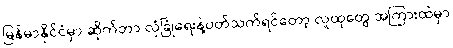
မြန်မာနိုင်ငံမှာ ဆိုက်ဘာ လုံခြုံရေးနဲ့ပတ်သက်ရင်တော့ လူထုတွေ အကြားထဲမှာ